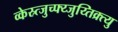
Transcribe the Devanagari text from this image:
व्केस्र्त्जुच्फ्य्जुय्तिक्र्त्यु